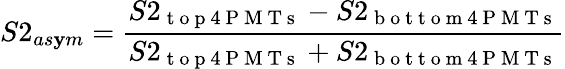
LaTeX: S2_{as\mathbf{y}m}=\frac{{S2_{\mathrm{{~t~o~p~4~P~M~T~s~}}}-S2_{\mathrm{{~b~o~t~t~o~m~4~P~M~T~s~}}}}}{{S2_{\mathrm{{~t~o~p~4~P~M~T~s~}}}+S2_{\mathrm{{~b~o~t~t~o~m~4~P~M~T~s~}}}}}